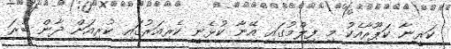
ކަރީނާ ކަޕޫރާއެކު މި ފިލްމުގައި އޭނާ ކުޅެނީ ކެރިއަރުގައި ކުރިއަށް ދާން ބުރަ